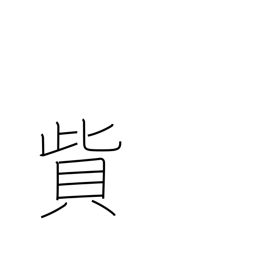
Meaning: pay a fine